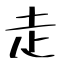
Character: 走